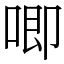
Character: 唧